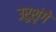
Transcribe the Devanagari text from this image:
उरुशृंगे